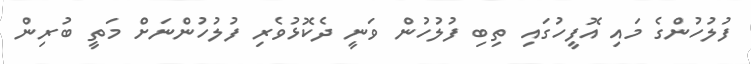
ފުލުހުންގެ މައި އޮފީހުގައި ތިބި ފުލުހުން ވަނީ ދެކޮޅުވެރި ފުލުހުންނަށް މަތީ ބުރިން